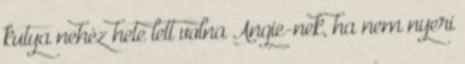
kutya nehéz hete lett volna Angie-nek, ha nem nyeri